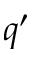
q ^ { \prime }